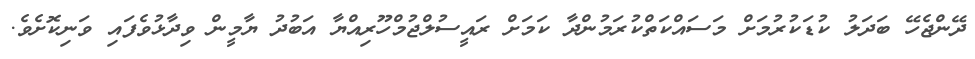
ދޭންޖެހޭ ބަދަލު ކުޑަކުރުމަށް މަސައްކަތްކުރަމުންދާ ކަމަށް ރައީސުލްޖުމްހޫރިއްޔާ އަބުދު ޔާމީން ވިދާޅުވެފައި ވަނިކޮށެވެ.